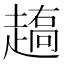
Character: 𰷼